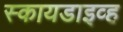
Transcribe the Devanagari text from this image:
स्कायडाइव्ह